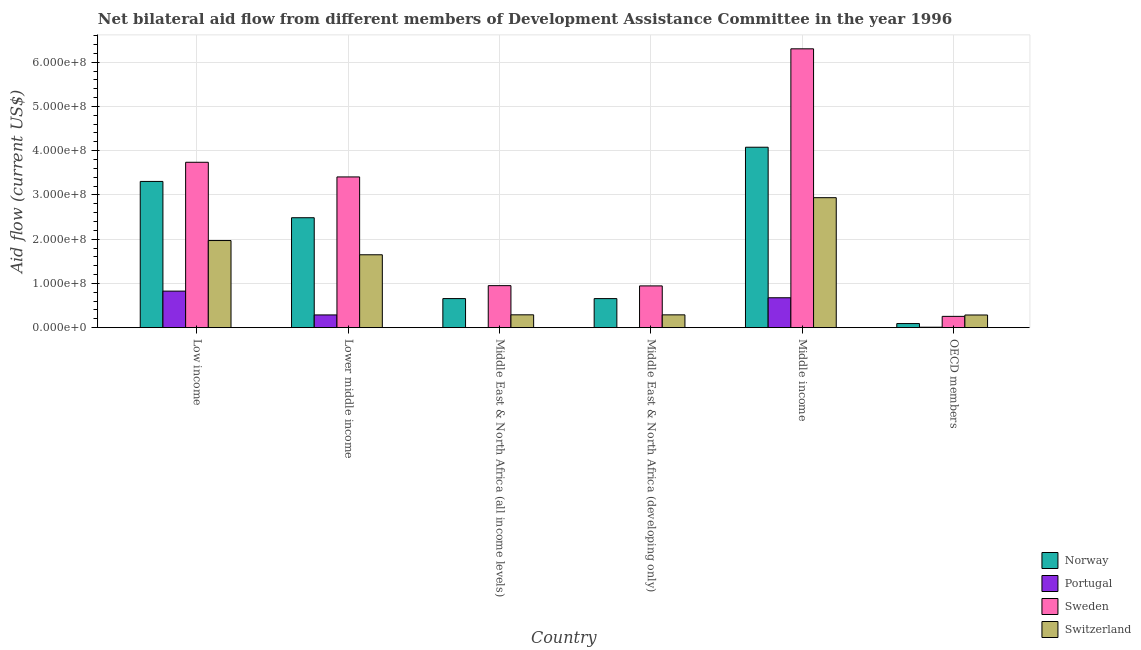
| Country | Norway | Portugal | Sweden | Switzerland |
 | --- | --- | --- | --- | --- |
 | Low income | 3.3e+08 | 8.26e+07 | 3.74e+08 | 1.97e+08 |
 | Lower middle income | 2.48e+08 | 2.88e+07 | 3.41e+08 | 1.65e+08 |
 | Middle East & North Africa (all income levels) | 6.57e+07 | 2.2e+05 | 9.5e+07 | 2.9e+07 |
 | Middle East & North Africa (developing only) | 6.57e+07 | 2.2e+05 | 9.44e+07 | 2.9e+07 |
 | Middle income | 4.08e+08 | 6.76e+07 | 6.3e+08 | 2.94e+08 |
 | OECD members | 9.26e+06 | 1.03e+06 | 2.55e+07 | 2.86e+07 |